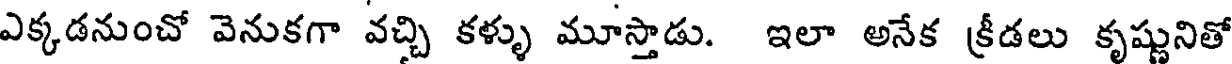
ఎక్కడనుంచో వెనుకగా వచ్చి కళ్ళు మూస్తాడు. ఇలా అనేక క్రీడలు కృష్ణునితో